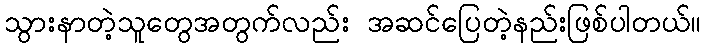
သွားနာတဲ့သူတွေအတွက်လည်း အဆင်ပြေတဲ့နည်းဖြစ်ပါတယ်။